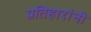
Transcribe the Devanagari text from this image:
प्रतिहारांनी